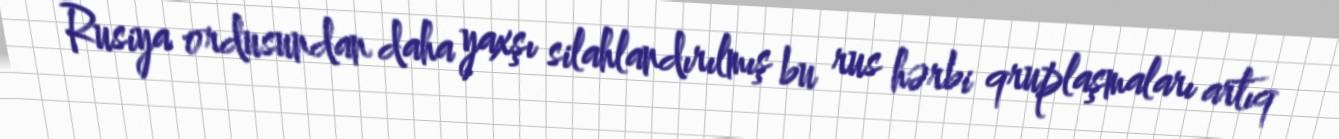
Rusiya ordusundan daha yaxşı silahlandırılmış bu rus hərbi qruplaşmaları artıq